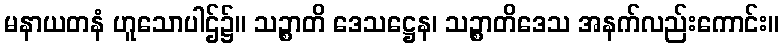
မနာယတနံ ဟူသောပါဌ်၌။ သဉ္စာတိ ဒေသဋ္ဌေန၊ သဉ္စာတိဒေသ အနက်လည်းကောင်း။